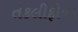
તકલીફોના